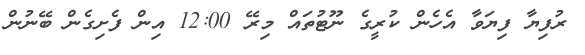
ރުފިޔާ ފިޔަވާ އެހެން ކުރީގެ ނޫޓުތައް މިރޭ 12:00 އިން ފެށިގެން ބޭނުން